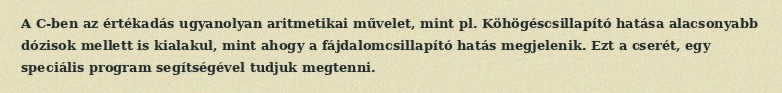
A C-ben az értékadás ugyanolyan aritmetikai művelet, mint pl. Köhögéscsillapító hatása alacsonyabb dózisok mellett is kialakul, mint ahogy a fájdalomcsillapító hatás megjelenik. Ezt a cserét, egy speciális program segítségével tudjuk megtenni.